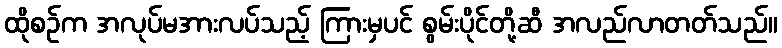
ထိုစဉ်က အလုပ်မအားလပ်သည့် ကြားမှပင် စွမ်းပိုင်တို့ဆီ အလည်လာတတ်သည်။